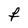
Character: F